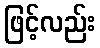
ဖြင့်လည်း